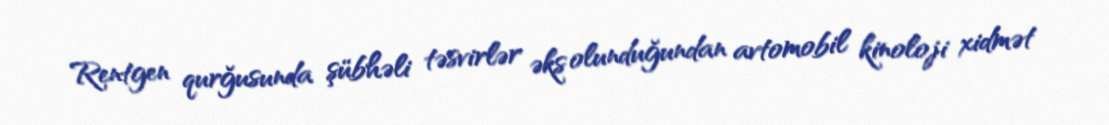
Rentgen qurğusunda şübhəli təsvirlər əks olunduğundan avtomobil kinoloji xidmət